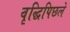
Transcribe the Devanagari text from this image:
वृद्धिपिछले